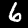
Digit: 6